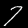
Digit: 7